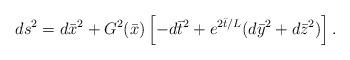
LaTeX: \begin{align*}ds^2 = d {\bar x}^2 + G^2({\bar x})\left[ -d{\bar t}^2+ e^{2{\bar t} /L}(d{\bar y}^2+d{\bar z}^2) \right].\end{align*}